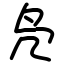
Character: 凫